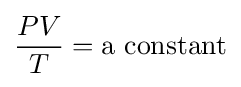
{\frac {PV}{T}}={\mbox{a constant}}